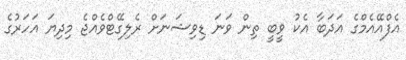
އެފްއޭއެމްގެ އަދަބާ އެކު ވީބީ ތިން ވަނަ ޑިވިޝަނަށް ރެލިގޭޓްވެއްޖެ މިދިޔަ އަހަރުގެ